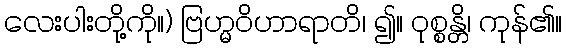
လေးပါးတို့ကို။) ဗြဟ္မဝိဟာရာတိ၊ ၍။ ဝုစ္စန္တိ၊ ကုန်၏။